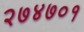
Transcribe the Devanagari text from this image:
२७४७०१